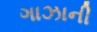
ગાઝાની